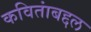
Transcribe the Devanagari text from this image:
कवितांबद्दल